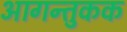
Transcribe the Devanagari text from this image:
आगन्तुकक